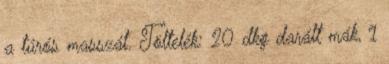
a túrós masszát. Töltelék: 20 dkg darált mák, 1